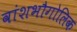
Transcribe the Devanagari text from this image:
वांशभौगोलिक